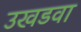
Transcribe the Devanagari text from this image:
उखडवा